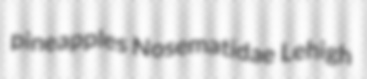
pineapples Nosematidae Lehigh